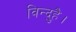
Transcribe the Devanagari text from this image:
विन्दुहै।